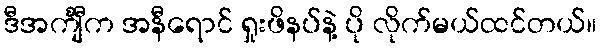
ဒီအင်္ကျီက အနီရောင် ရှုးဖိနပ်နဲ့ ပို လိုက်မယ်ထင်တယ်။